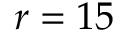
r = 1 5